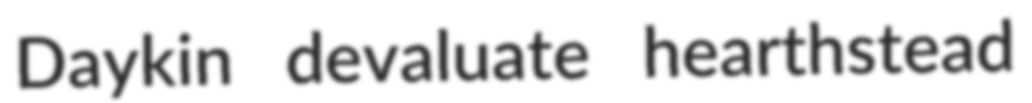
Daykin devaluate hearthstead